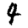
Digit: 4